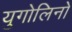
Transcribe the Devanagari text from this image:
युगोलिनो